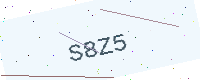
Text: S8Z5